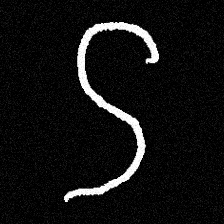
Pyu character \u2014 Myanmar letter: ဌ (romanized: ttha)